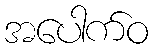
အပေါက်ဝ